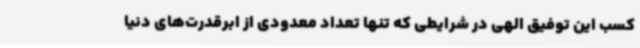
کسب این توفیق الهی در شرایطی که تنها تعداد معدودی از ابرقدرت‌های دنیا